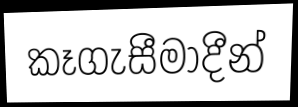
කෑගැසීමාදීන්